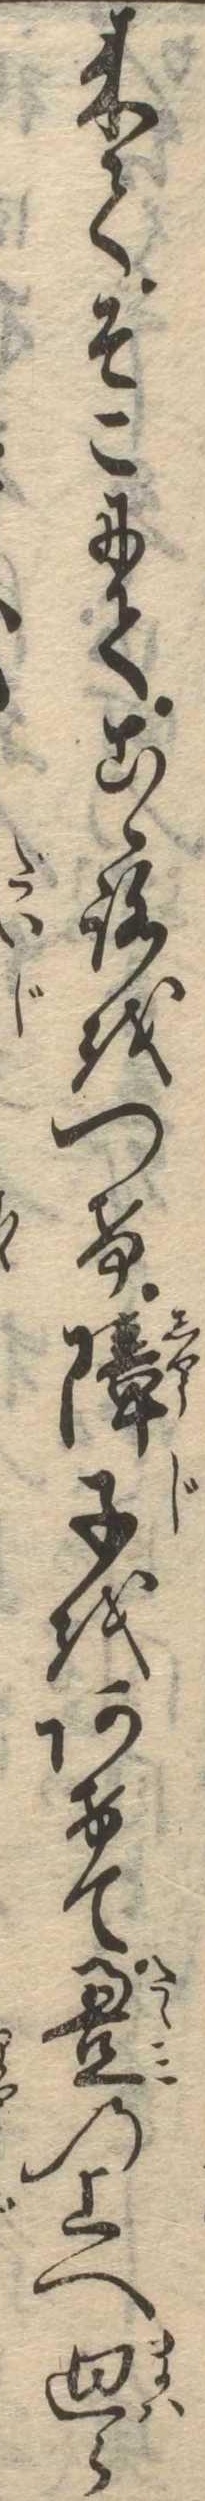
来てそこにてこゝろをつけ障子をあけて畳の上へ廻ら